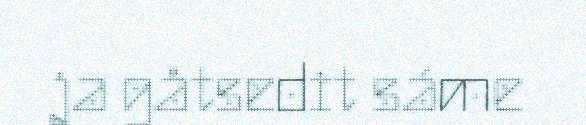
ja gåtsedit sáme